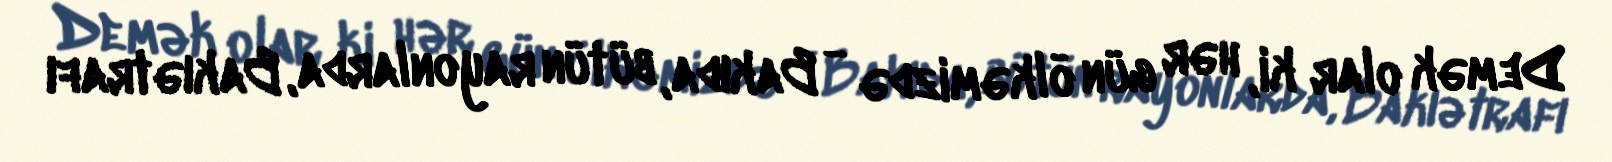
Demək olar ki, hər gün ölkəmizdə - Bakıda, bütün rayonlarda, Bakıətrafı